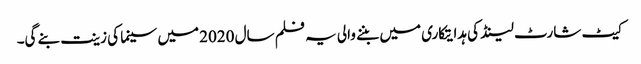
کیٹ شارٹ لینڈ کی ہدایتکاری میں بننے والی یہ فلم سال 2020 میں سینما کی زینت بنے گی۔